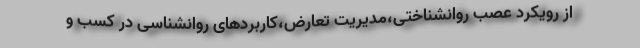
از رویکرد عصب روانشناختی،مدیریت تعارض،کاربردهای روانشناسی در کسب و